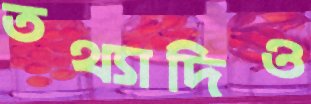
তথ্যাদিও